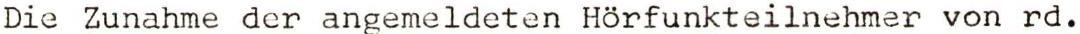
Die Zunahme der angemeldeten Hörfunkteilnehmer von rd.